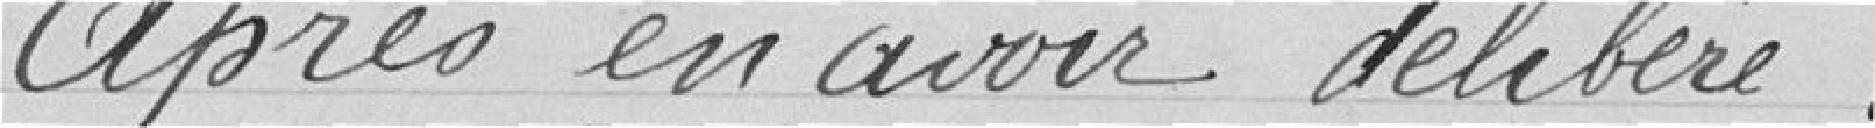
Après en avoir délibéré :